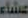
عشاء